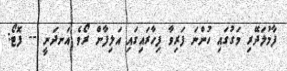
ފާމުލަދޭރި މަގުގައި ހުންނަ ފަރިވާ ފިހާރައިގައި އަލިފާން ރޯވެ އަނދަނީ -- ފޮޓޯ: